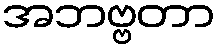
အဘဗ္ဗတာ